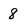
Character: 8